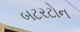
બટરટોન